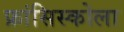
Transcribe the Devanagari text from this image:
फ्रांसिस्कोला